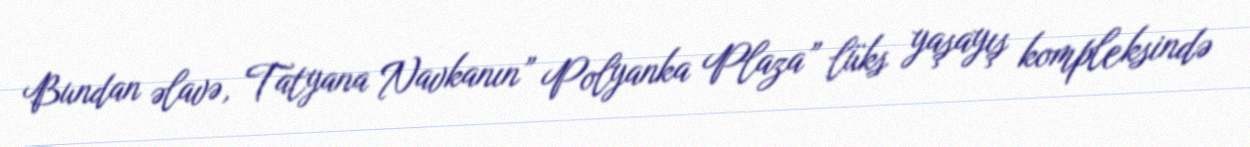
Bundan əlavə, Tatyana Navkanın” Polyanka Plaza” lüks yaşayış kompleksində